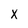
Character: x